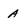
Character: A